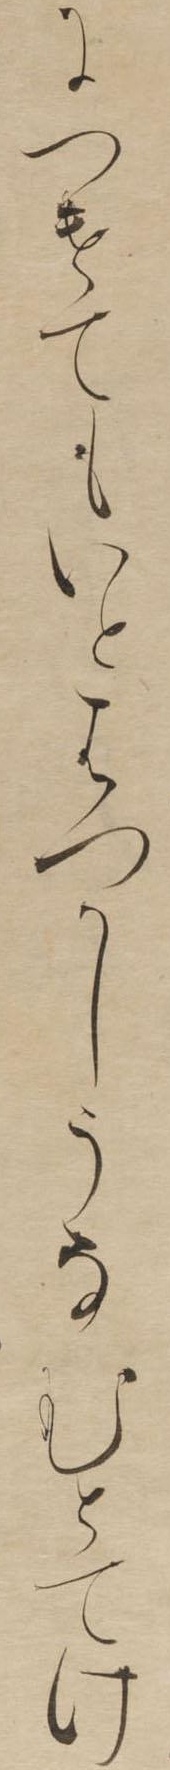
につけてもいとはつかしうなむとてけ